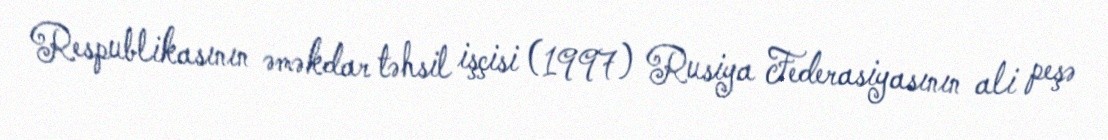
Respublikasının əməkdar təhsil işçisi (1997) Rusiya Federasiyasının ali peşə